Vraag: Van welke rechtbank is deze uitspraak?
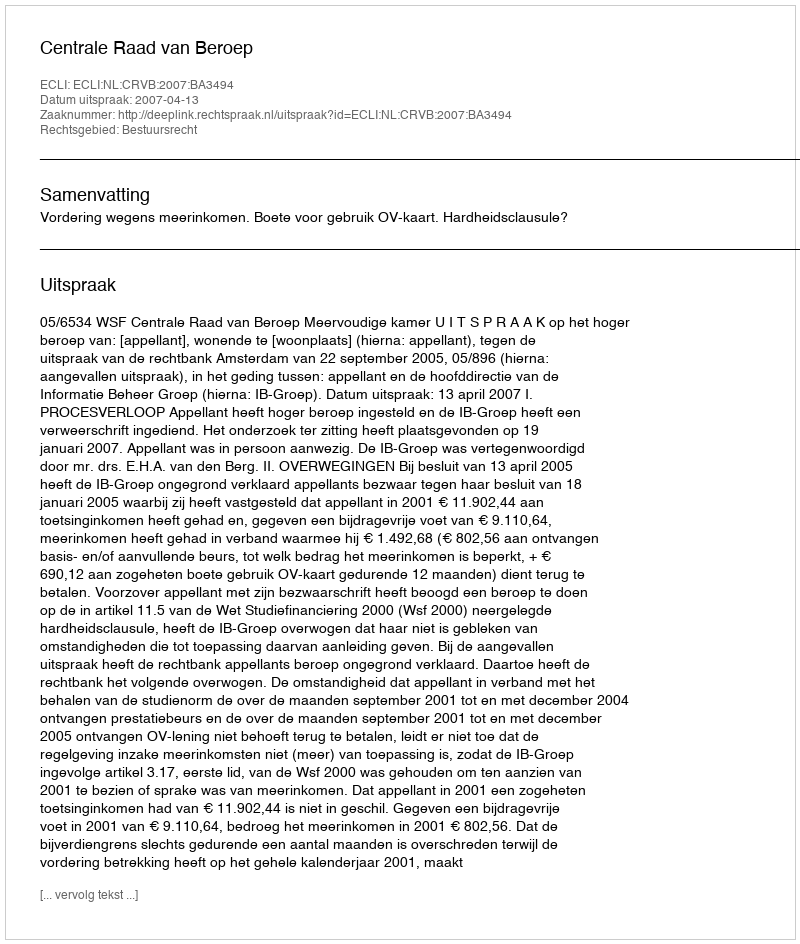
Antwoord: Centrale Raad van Beroep